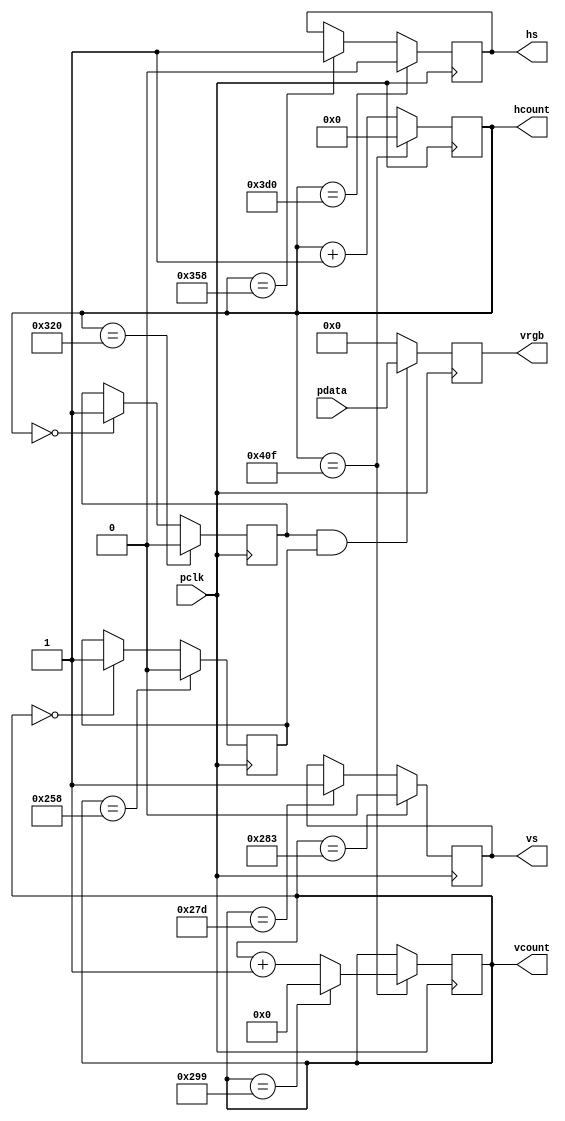
`timescale 1ns / 1ps

module VSD( 
    input pclk,
    input [11:0] pdata,
    output reg [10:0] hcount,
    output reg [9:0] vcount,
    output reg [11:0] vrgb,
    output reg hs, vs
);
    reg hen, ven;
    reg temp;
    reg [11:0] trgb;

    initial begin
        vcount <= 0;
        hcount <= 0;
    end

    always @( posedge pclk ) begin
        if ( hcount == 1039 ) begin
            hcount <= 0;
            if ( vcount == 665 ) vcount <= 0;
            else vcount <= vcount + 1;
        end
        else hcount <= hcount + 1;
    end

    always @( posedge pclk ) begin
        if ( hcount == 0 ) hen <= 1;
        if ( hcount == 800 ) hen <= 0;
    end

    always @( posedge pclk ) begin
        if ( vcount == 0 ) ven <= 1;
        if ( vcount == 600 ) ven <= 0;
    end

    always @( posedge pclk ) begin
        if ( hcount == 856 ) hs <= 1;
        if ( hcount == 976 ) hs <= 0;
    end

    always @( posedge pclk ) begin
        if ( vcount == 637 ) vs <= 1;
        if ( vcount == 643 ) vs <= 0;
    end

    always @(*) begin
        trgb = ( hen & ven ) ? pdata : 0; 
    end

    always @( posedge pclk ) begin
        vrgb <= trgb;
    end
endmodule